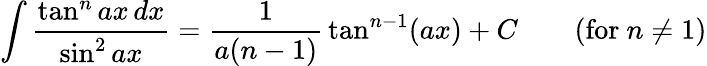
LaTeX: \int{\frac{\tan^{n}ax\, dx}{\sin^{2}ax}}={\frac{1}{a(n-1)}}\tan^{n-1}(ax)+C\qquad{\mathrm{(for~}}n\neq 1{\mathrm{)}}